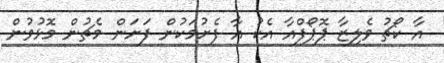
އާ ކޯޗު ވެލިޒާ ޕޮޕޯފްއާ އެކު އާ ފެށުމަކުން ފަށަން މެޗުން މޮޅުވުން